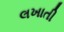
લખાતી